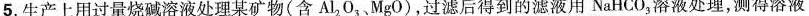
5.生产上用过量烧碱溶液处理某矿物(含Al_{2}0_{3}、MgO)，过滤后得到的滤液用NaHCO_{3}溶液处理，测得溶液